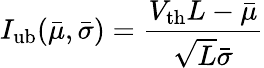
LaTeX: I_{\mathrm{ub}}(\bar{\mu},\bar{\sigma})=\frac{V_{\mathrm{th}}L-\bar{\mu}}{\sqrt{L}\bar{\sigma}}